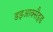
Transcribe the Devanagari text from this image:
डइआक्सैइड